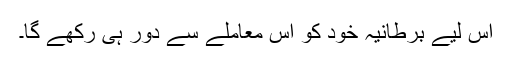
اس لیے برطانیہ خود کو اس معاملے سے دور ہی رکھے گا۔